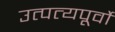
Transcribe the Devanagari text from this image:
उत्पत्यपूर्वो